Vaccination in Bombay 1869-1873 - 1869-1873
Year: 1869
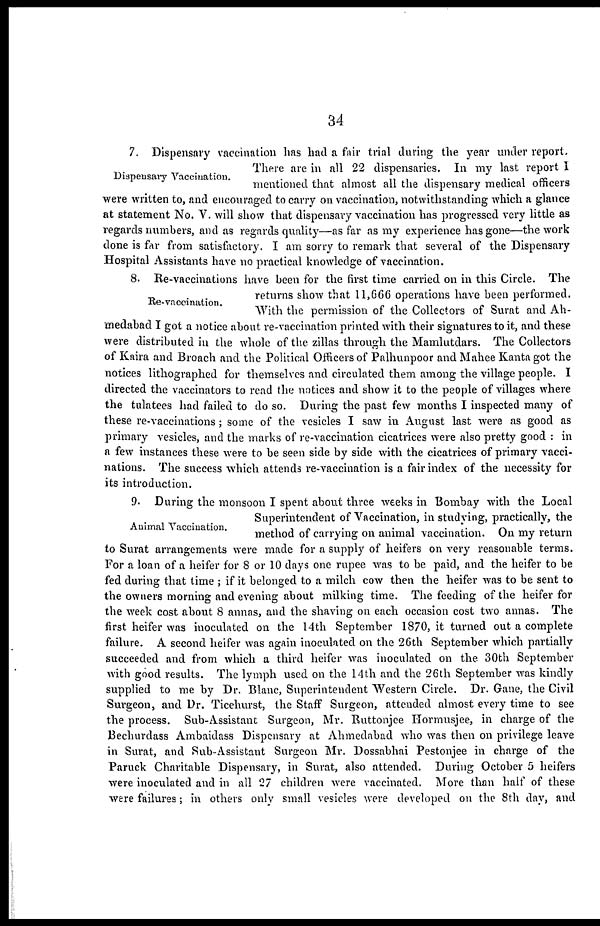
34
Dispensary Vaccination.
7. Dispensary vaccination has had a fair trial during the year under report.
There are in all 22 dispensaries. In my last report I
mentioned that almost all the dispensary medical officers
were written to, and encouraged to carry on vaccination, notwithstanding which a glance
at statement No. V. will show that dispensary vaccination has progressed very little as
regards numbers, and as regards quality—as far as my experience has gone—the work
done is far from satisfactory. I am sorry to remark that several of the Dispensary
Hospital Assistants have no practical knowledge of vaccination.
Re-vaccination.
8. Re-vaccinations have been for the first time carried on in this Circle. The
returns show that 11,666 operations have been performed.
With the permission of the Collectors of Surat and Ah-
medabad I got a notice about re-vaccination printed with their signatures to it, and these
were distributed in the whole of the zillas through the Mamlutdars. The Collectors
of Kaira and Broach and the Political Officers of Palhunpoor and Mahee Kanta got the
notices lithographed for themselves and circulated them among the village people. I
directed the vaccinators to read the notices and show it to the people of villages where
the tulatees had failed to do so. During the past few months I inspected many of
these re-vaccinations; some of the vesicles I saw in August last were as good as
primary vesicles, and the marks of re-vaccination cicatrices were also pretty good : in
a few instances these were to be seen side by side with the cicatrices of primary vacci-
nations. The success which attends re-vaccination is a fair index of the necessity for
its introduction.
Animal Vaccination.
9. During the monsoon I spent about three weeks in Bombay with the Local
Superintendent of Vaccination, in studying, practically, the
method of carrying on animal vaccination. On my return
to Surat arrangements were made for a supply of heifers on very reasonable terms.
For a loan of a heifer for 8 or 10 days one rupee was to be paid, and the heifer to be
fed during that time ; if it belonged to a milch cow then the heifer was to be sent to
the owners morning and evening about milking time. The feeding of the heifer for
the week cost about 8 annas, and the shaving on each occasion cost two annas. The
first heifer was inoculated on the 14th September 1870, it turned out a complete
failure. A second heifer was again inoculated on the 26th September which partially
succeeded and from which a third heifer was inoculated on the 30th September
with good results. The lymph used on the 14th and the 26th September was kindly
supplied to me by Dr. Blanc, Superintendent Western Circle. Dr. Gane, the Civil
Surgeon, and Dr. Ticehurst, the Staff Surgeon, attended almost every time to see
the process. Sub-Assistant Surgeon, Mr. Ruttonjee Hormusjee, in charge of the
Bechurdass Ambaidass Dispensary at Ahmedabad who was then on privilege leave
in Surat, and Sub-Assistant Surgeon Mr. Dossabhai Pestonjee in charge of the
Paruck Charitable Dispensary, in Surat, also attended. During October 5 heifers
were inoculated and in all 27 children were vaccinated. More than half of these
were failures; in others only small vesicles were developed on the 8th day, and